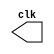
// ---------------------
// Guia 09_02 - Gerador de Pulsos
// Nome: Bruno Cezar Andrade Viallet
// ---------------------

//----------------------------
//-- Clock
//----------------------------

module clock (clk);
 output clk;
 reg    clk;

 initial
  begin
   clk = 1'b0;
  end

 always
  begin
   #6 clk = ~clk;
  end
endmodule // clock

//----------------------------
//-- Pulse
//----------------------------

module pulse (signal, clock);
 input  clock;
 output signal;
 reg    signal;

 always @ (clock)
  begin
        signal = 1'b0;
  #24   signal = 1'b1;
  #24   signal = 1'b0;
     
  
  end
endmodule // pulse

//----------------------------
//-- Test
//----------------------------

module testpulse;
 wire  clock;
 clock clk (clock);
 wire  s1;

 pulse   pulse1   (s1, clock);

 initial begin
  $display ("Guia09_02 - Bruno Cezar Andrade Viallet - 396679");
  $dumpfile ( "Guia09_02.vcd" );
  $dumpvars (1, clock, s1);
   #480 $finish;

 end

endmodule // testpulse